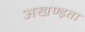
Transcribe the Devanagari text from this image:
अखण्ड़ता